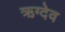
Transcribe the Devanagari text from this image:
ऋग्देव